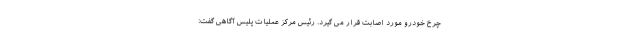
چرخ خودرو مورد اصابت قرار می گیرد. رئیس مرکز عملیات پلیس آگاهی گفت: